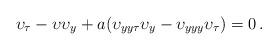
LaTeX: \begin{align*} {\upsilon}_{{\tau}}-{\upsilon}{\upsilon}_{{{y}}} +a ({\upsilon}_{{{y}}{{y}}{\tau}}{\upsilon}_{{{y}}}-{\upsilon}_{{{y}}{{y}}{{y}}} {\upsilon}_{{\tau}})=0\, . \end{align*}